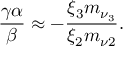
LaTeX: \frac { \gamma \alpha } { \beta } \approx - \frac { \xi _ { 3 } m _ { \nu _ { 3 } } } { \xi _ { 2 } m _ { \nu 2 } } .